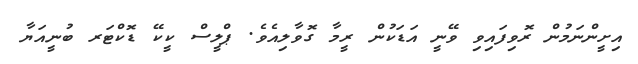
އިށީންނަމުން ރޮވިފައިވި ވޭނީ އަޑަކުން ރީމާ ގޮވާލިއެވެ. ޕްލީސް ކީކޭ ޑޮކްޓަރ ބުނީއަޔާ